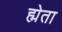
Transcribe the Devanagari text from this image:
ह्मेता